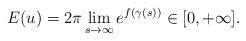
LaTeX: \begin{align*}E(u)=2\pi \lim_{s\to\infty}e^{f(\gamma(s))}\in [0, +\infty].\end{align*}